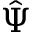
\hat { \Psi }